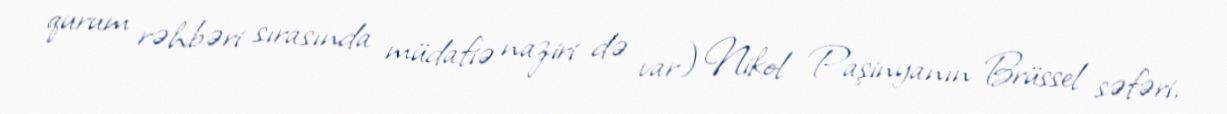
qurum rəhbəri sırasında müdafiə naziri də var) Nikol Paşinyanın Brüssel səfəri,